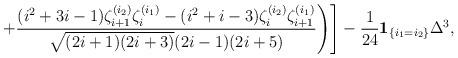
LaTeX: \begin{align*}\Biggl.\Biggl.+\frac{(i^2+3i-1)\zeta_{i+1}^{(i_2)}\zeta_{i}^{(i_1)}-(i^2+i-3)\zeta_{i}^{(i_2)}\zeta_{i+1}^{(i_1)}}{\sqrt{(2i+1)(2i+3)}(2i-1)(2i+5)}\Biggr)\Biggr] - \frac{1}{24}{\bf 1}_{\{i_1=i_2\}}{\Delta^3},\end{align*}